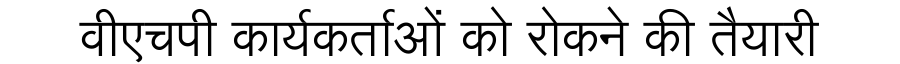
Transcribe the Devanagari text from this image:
वीएचपी कार्यकर्ताओं को रोकने की तैयारी